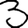
Digit: 3